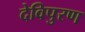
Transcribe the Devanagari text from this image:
देविपुरण